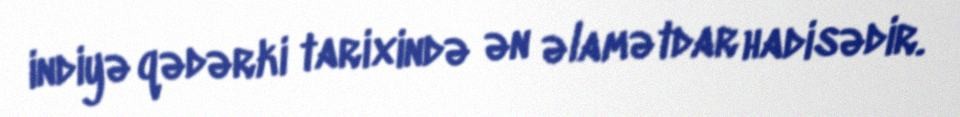
indiyə qədərki tarixində ən əlamətdar hadisədir.